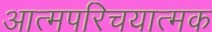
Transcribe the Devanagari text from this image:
आत्मपरिचयात्मक